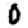
Digit: 0